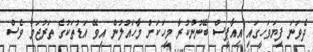
ދެވަނަ ފިޔަވަހީގައި އިއާޕީސް ބޭނުންކުރާ މީހަކަށް މާހައުލުން އިވޭ އަޑުތަކުގެ ތަރުޖަމާ ވެސް